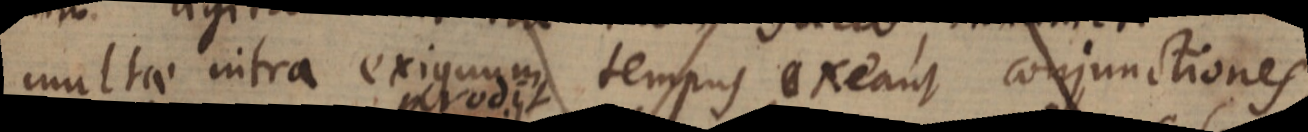
multae intra exiguum tempus exeant conjunctiones,